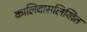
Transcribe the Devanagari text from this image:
कालिदासलिखित